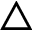
\bigtriangleup